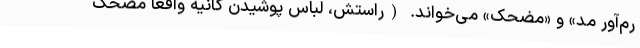
رم‌آورِ مُد» و «مضحک» می‌خواند. (راستش، لباس پوشیدن کانیه واقعا مضحک